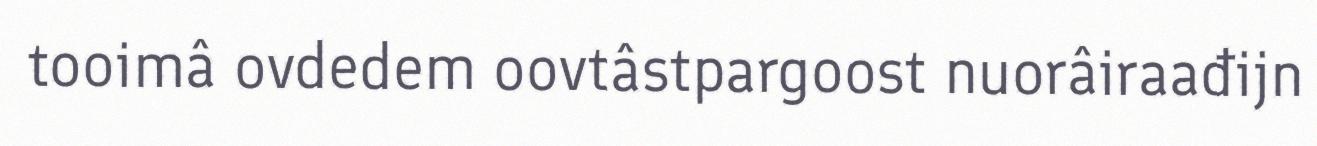
tooimâ ovdedem oovtâstpargoost nuorâiraađijn